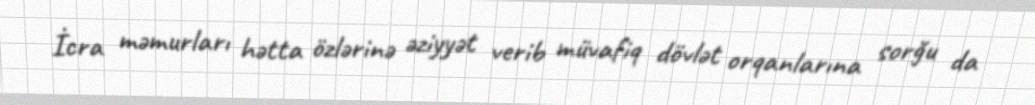
İcra məmurları hətta özlərinə əziyyət verib müvafiq dövlət orqanlarına sorğu da